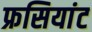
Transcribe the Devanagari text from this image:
फ्रसियांट